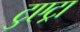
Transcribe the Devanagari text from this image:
टुएट्रा